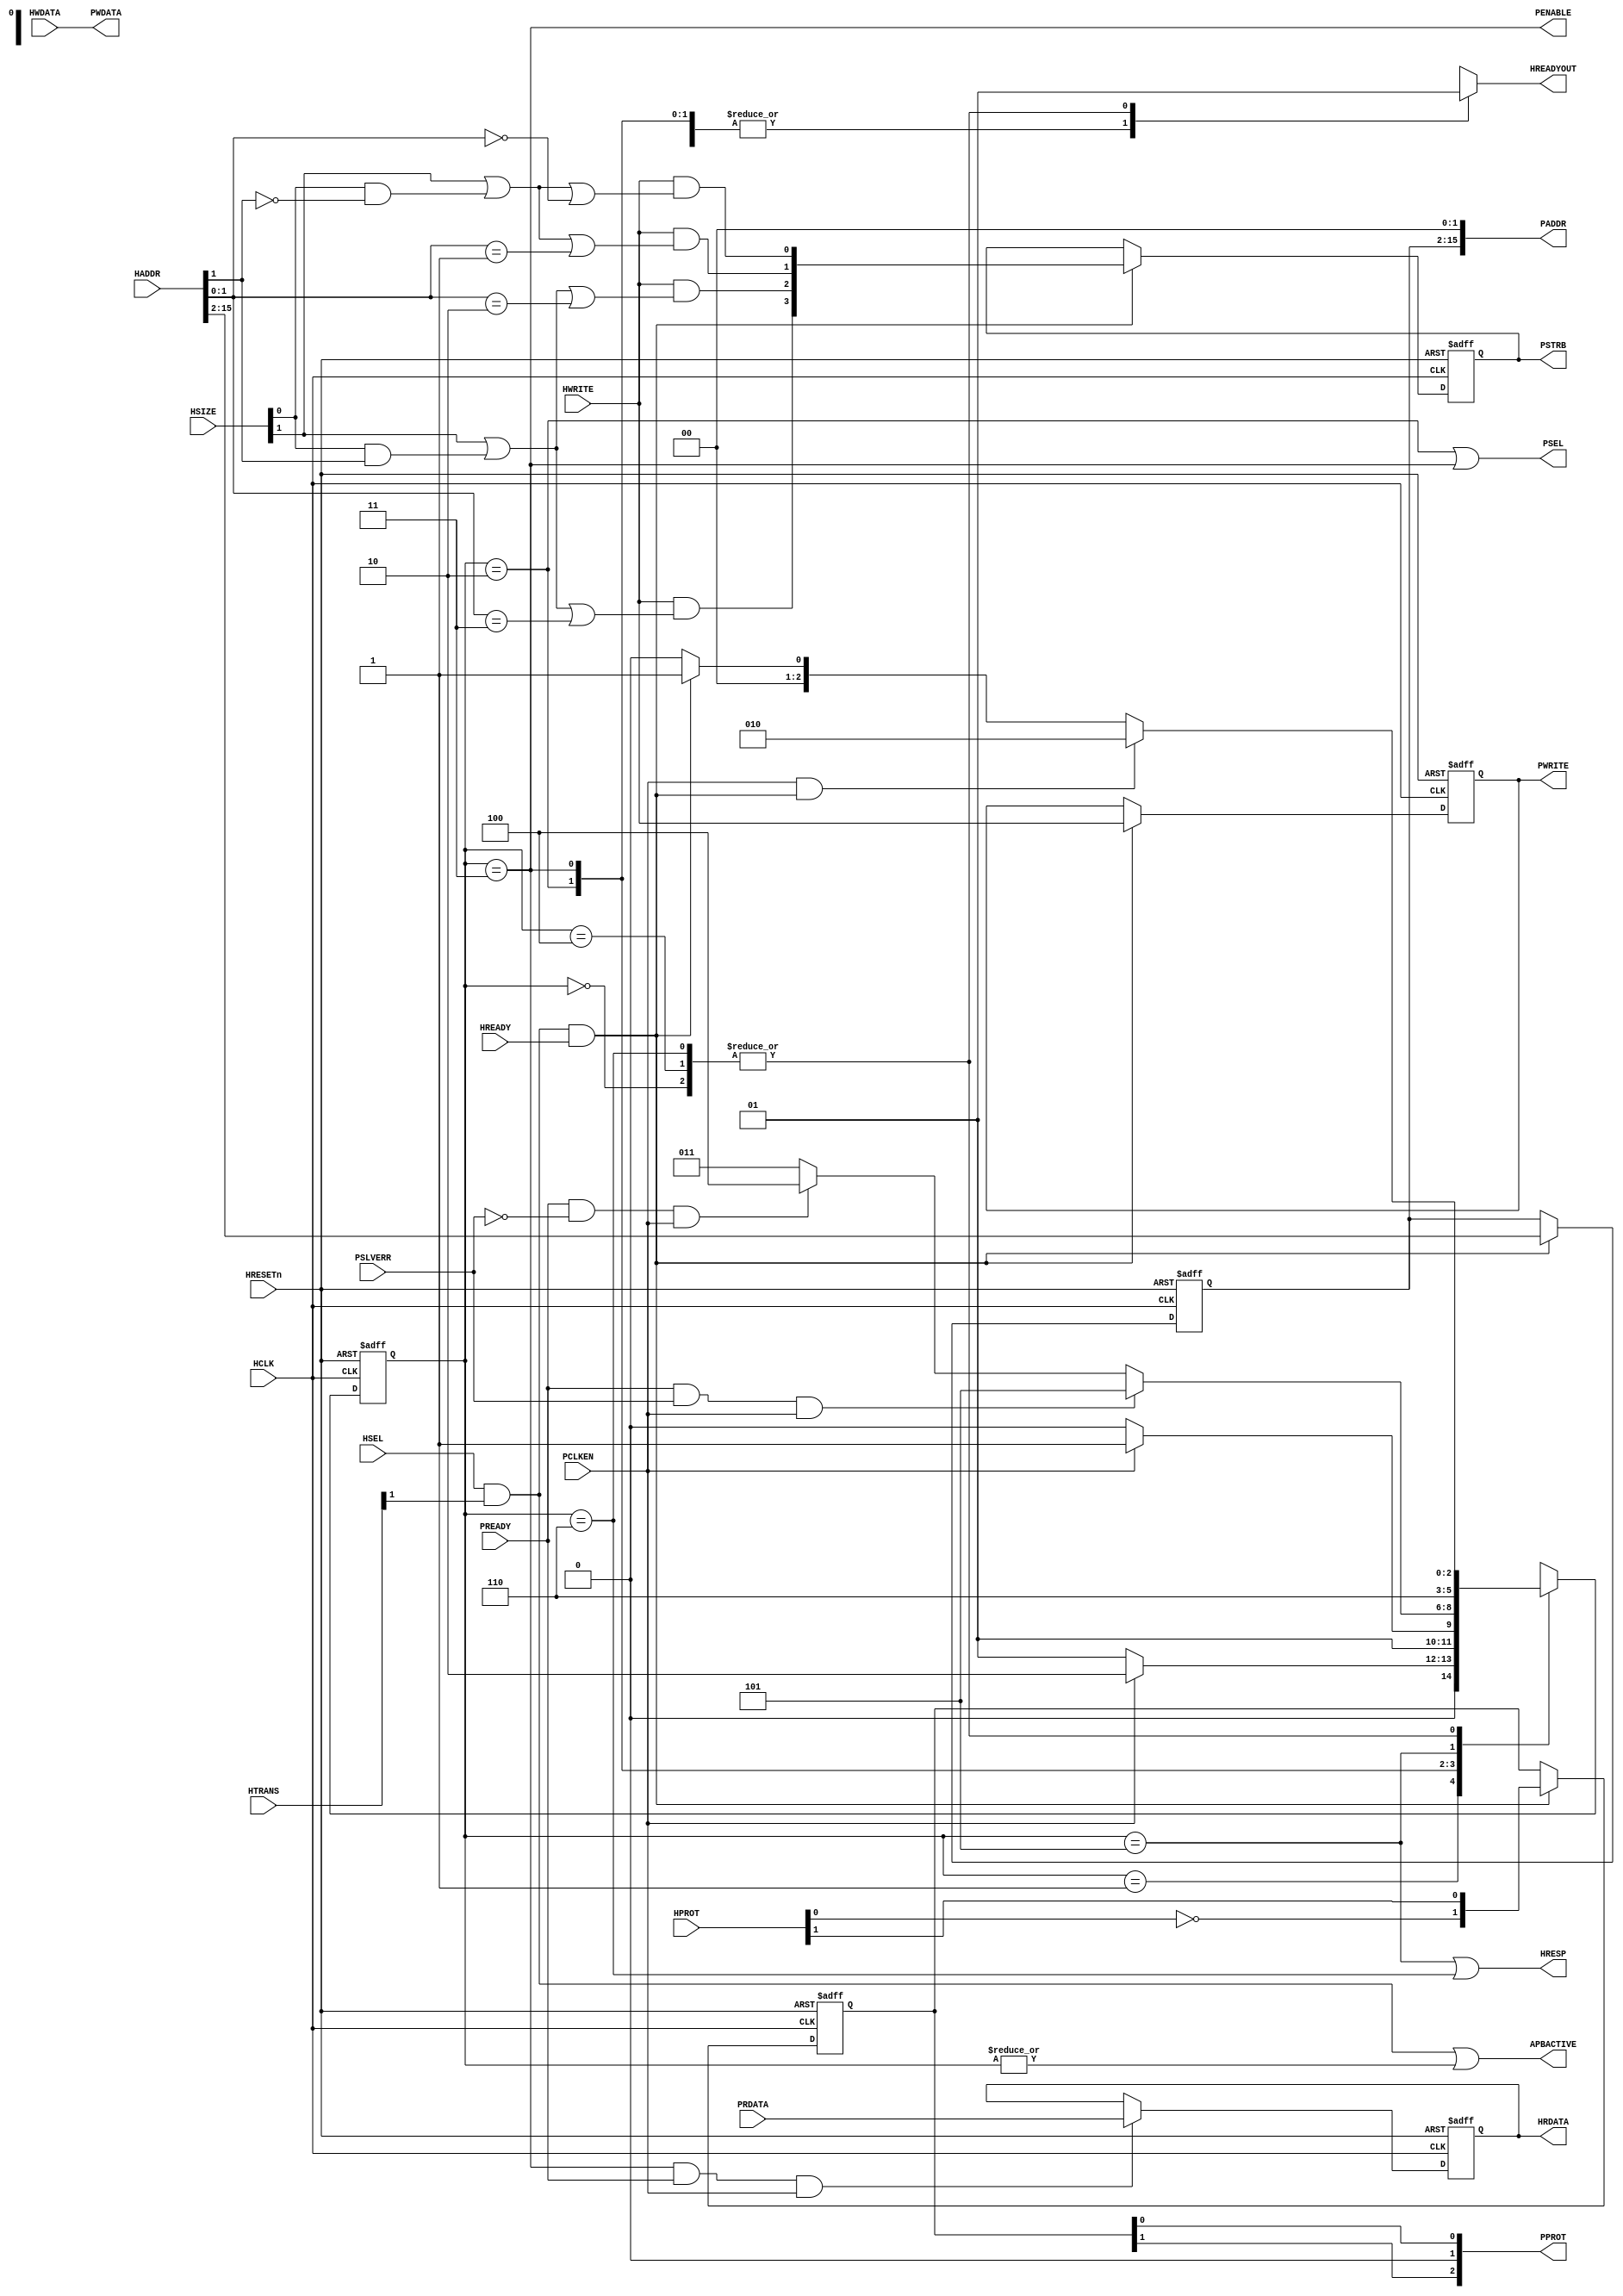
module cmsdk_ahb_to_apb #(
	// Parameter to define address width
	// 16 = 2^16 = 64KB APB address space
	parameter   ADDRWIDTH = 16,
	parameter   REGISTER_RDATA = 1,
	parameter	REGISTER_WDATA = 0)
	(
	// --------------------------------------------------------------------------
	// Port Definitions
	// --------------------------------------------------------------------------
	input 	wire                 	HCLK,      	// Clock
	input 	wire                 	HRESETn,   	// Reset
	input 	wire                 	PCLKEN,    	// APB clock enable signal
			
	input 	wire                 	HSEL,      	// Device select
	input	wire [ADDRWIDTH-1:0]	HADDR,     	// Address
	input 	wire [1:0] 				HTRANS,    	// Transfer control
	input 	wire [2:0] 				HSIZE,     	// Transfer size
	input 	wire [3:0] 				HPROT,     	// Protection control
	input 	wire                 	HWRITE,    	// Write control
	input 	wire                 	HREADY,    	// Transfer phase done
	input 	wire [31:0] 			HWDATA,    	// Write data
			
	output	reg                  	HREADYOUT, 	// Device ready
	output	wire [31:0] 			HRDATA,    	// Read data output
	output	wire                 	HRESP,     	// Device response
												// APB Output
	output	wire [ADDRWIDTH-1:0] 	PADDR,     	// APB Address
	output	wire                 	PENABLE,   	// APB Enable
	output	wire                 	PWRITE,    	// APB Write
	output	wire [3:0] 				PSTRB,     	// APB Byte Strobe
	output	wire [2:0] 				PPROT,     	// APB Prot
	output	wire [31:0] 			PWDATA,    	// APB write data
	output	wire                 	PSEL,      	// APB Select
			
	output	wire                 	APBACTIVE, 	// APB bus is active, for clock gating
												// of APB bus
		
												// APB Input
	input 	wire [31:0] 			PRDATA,    	// Read data for each APB slave
	input 	wire                 	PREADY,    	// Ready for each APB slave
	input 	wire                 	PSLVERR);  	// Error state for each APB slave

	// --------------------------------------------------------------------------
	// Internal wires
	// --------------------------------------------------------------------------

	reg  [ADDRWIDTH-3:0]   	addr_reg;    		// Address sample register
	reg                    	wr_reg;      		// Write control sample register
	reg  [2:0]  			state_reg;   		// State for finite state machine
					
	reg  [3:0]  			pstrb_reg;   		// Byte lane strobe register
	wire [3:0]  			pstrb_nxt;   		// Byte lane strobe next state
	reg  [1:0]  			pprot_reg;   		// PPROT register
	wire [1:0]  			pprot_nxt;   		// PPROT register next state
					
	wire        			apb_select;  		// APB bridge is selected
	wire        			apb_tran_end;		// Transfer is completed on APB
	reg  [2:0]  			next_state;  		// Next state for finite state machine
	reg  [31:0]   			rwdata_reg;  		// Read/Write data sample register
	
	wire 					reg_rdata_cfg; 		// REGISTER_RDATA paramater
	wire 					reg_wdata_cfg; 		// REGISTER_WDATA paramater

	reg 					sample_wdata_reg; 	// Control signal to sample HWDATA

// -------------------------------------------------------------------------
// State machine
// -------------------------------------------------------------------------

	localparam 				 ST_BITS = 3;

	localparam [ST_BITS-1:0] ST_IDLE      = 3'b000; // Idle waiting for transaction
	localparam [ST_BITS-1:0] ST_APB_WAIT  = 3'b001; // Wait APB transfer
	localparam [ST_BITS-1:0] ST_APB_TRNF  = 3'b010; // Start APB transfer
	localparam [ST_BITS-1:0] ST_APB_TRNF2 = 3'b011; // Second APB transfer cycle
	localparam [ST_BITS-1:0] ST_APB_ENDOK = 3'b100; // Ending cycle for OKAY
	localparam [ST_BITS-1:0] ST_APB_ERR1  = 3'b101; // First cycle for Error response
	localparam [ST_BITS-1:0] ST_APB_ERR2  = 3'b110; // Second cycle for Error response
	localparam [ST_BITS-1:0] ST_ILLEGAL   = 3'b111; // Illegal state

// --------------------------------------------------------------------------
// Start of main code
// --------------------------------------------------------------------------
	// Configuration signal
	assign reg_rdata_cfg = (REGISTER_RDATA==0) ? 1'b0 : 1'b1;
	assign reg_wdata_cfg = (REGISTER_WDATA==0) ? 1'b0 : 1'b1;
	
	// Generate APB bridge select
	assign apb_select = HSEL & HTRANS[1] & HREADY;
	// Generate APB transfer ended
	assign apb_tran_end = (state_reg==3'b011) & PREADY;
	
	assign pprot_nxt[0] =  HPROT[1];  // (0) Normal, (1) Privileged
	assign pprot_nxt[1] = ~HPROT[0];  // (0) Data, (1) Instruction
	
	// Byte strobe generation
	// - Only enable for write operations
	// - For word write transfers (HSIZE[1]=1), all byte strobes are 1
	// - For hword write transfers (HSIZE[0]=1), check HADDR[1]
	// - For byte write transfers, check HADDR[1:0]
	assign pstrb_nxt[0] = HWRITE & ((HSIZE[1])|((HSIZE[0])&(~HADDR[1]))|(HADDR[1:0]==2'b00));
	assign pstrb_nxt[1] = HWRITE & ((HSIZE[1])|((HSIZE[0])&(~HADDR[1]))|(HADDR[1:0]==2'b01));
	assign pstrb_nxt[2] = HWRITE & ((HSIZE[1])|((HSIZE[0])&( HADDR[1]))|(HADDR[1:0]==2'b10));
	assign pstrb_nxt[3] = HWRITE & ((HSIZE[1])|((HSIZE[0])&( HADDR[1]))|(HADDR[1:0]==2'b11));

	// Sample control signals
	always @(posedge HCLK or negedge HRESETn) 
	begin
		if (~HRESETn) begin
			addr_reg  <= {(ADDRWIDTH-2){1'b0}};
			wr_reg    <= 1'b0;
			pprot_reg <= {2{1'b0}};
			pstrb_reg <= {4{1'b0}};
		end
		else if (apb_select) begin// Capture transfer information at the end of AHB address phase		
			addr_reg  <= HADDR[ADDRWIDTH-1:2];
			wr_reg    <= HWRITE;
			pprot_reg <= pprot_nxt;
			pstrb_reg <= pstrb_nxt;
		end
	end

	// Sample write data control signal
	// Assert after write address phase, deassert after PCLKEN= 1
	wire sample_wdata_set = apb_select & HWRITE & reg_wdata_cfg;
	wire sample_wdata_clr = sample_wdata_reg & PCLKEN;

	always @(posedge HCLK or negedge HRESETn) 
	begin
		if (~HRESETn)
			sample_wdata_reg <= 1'b0;
		else if (sample_wdata_set | sample_wdata_clr)
			sample_wdata_reg <= sample_wdata_set;
	end

	// Generate next state for FSM
	// Note : case 3'b111 is not used.  The design has been checked that
	//        this illegal state cannot be entered using formal verification.
	always @(state_reg or PREADY or PSLVERR or apb_select or reg_rdata_cfg or
		PCLKEN or reg_wdata_cfg or HWRITE) 
	begin
		case (state_reg)
			// Idle
			ST_IDLE : begin
				if (PCLKEN & apb_select & ~(reg_wdata_cfg & HWRITE))
					next_state = ST_APB_TRNF; 		// Start APB transfer in next cycle
				else if (apb_select)
					next_state = ST_APB_WAIT;		// Wait for start of APB transfer at PCLKEN high
				else
					next_state = ST_IDLE; 			// Remain idle
			end
			// Transfer announced on AHB, but PCLKEN was low, so waiting
			ST_APB_WAIT : begin
				if (PCLKEN)
					next_state = ST_APB_TRNF; 		// Start APB transfer in next cycle
				else
					next_state = ST_APB_WAIT; 		// Wait for start of APB transfer at PCLKEN high
			end
			// First APB transfer cycle
			ST_APB_TRNF : begin
				if (PCLKEN)
					next_state = ST_APB_TRNF2;  	// Change to second cycle of APB transfer
				else
					next_state = ST_APB_TRNF;   	// Change to state-2
			end
			// Second APB transfer cycle
			ST_APB_TRNF2 : begin		
				if (PREADY & PSLVERR & PCLKEN) 				// Error received - Generate two cycle
															// Error response on AHB by
					next_state = ST_APB_ERR1; 				// Changing to state-5 and 6
				else if (PREADY & (~PSLVERR) & PCLKEN) begin // Okay received
					if (reg_rdata_cfg)
						// Registered version
						next_state = ST_APB_ENDOK; 			// Generate okay response in state 4
					else
						// Non-registered version
						next_state = {2'b00, apb_select}; 	// Terminate transfer
				end
				else 	
					// Slave not ready
					next_state = ST_APB_TRNF2; 				// Unchange
			end
			// Ending cycle for OKAY (registered response)
			ST_APB_ENDOK : begin
				if (PCLKEN & apb_select & ~(reg_wdata_cfg & HWRITE))
					next_state = ST_APB_TRNF; 	// Start APB transfer in next cycle
				else if (apb_select)
					next_state = ST_APB_WAIT; 	// Wait for start of APB transfer at PCLKEN high
				else
					next_state = ST_IDLE; 		// Remain idle
			end
			// First cycle for Error response
			ST_APB_ERR1 : 
				next_state = ST_APB_ERR2; 		// Goto 2nd cycle of error response
			// Second cycle for Error response
			ST_APB_ERR2 : begin
				if (PCLKEN & apb_select & ~(reg_wdata_cfg & HWRITE))
					next_state = ST_APB_TRNF; 	// Start APB transfer in next cycle
				else if (apb_select)
					next_state = ST_APB_WAIT; 	// Wait for start of APB transfer at PCLKEN high
				else
					next_state = ST_IDLE; 		// Remain idle
			end
			default : // Not used
				next_state = 3'bxxx; // X-Propagation
		endcase
	end

	// Registering state machine
	always @(posedge HCLK or negedge HRESETn)
	begin
		if (~HRESETn)
			state_reg <= 3'b000;
		else
			state_reg <= next_state;
	end

	// Sample PRDATA or HWDATA
	always @(posedge HCLK or negedge HRESETn)
	begin
		if (~HRESETn)
			rwdata_reg <= {32{1'b0}};
		else
			if (sample_wdata_reg & reg_wdata_cfg & PCLKEN)
				rwdata_reg <= HWDATA;
			else if (apb_tran_end & reg_rdata_cfg & PCLKEN)
				rwdata_reg <= PRDATA;
	end

	// Connect outputs to top level
	assign PADDR   = {addr_reg, 2'b00}; // from sample register
	assign PWRITE  = wr_reg;            // from sample register
	// From sample register or from HWDATA directly
	assign PWDATA  = (reg_wdata_cfg) ? rwdata_reg : HWDATA;
	assign PSEL    = (state_reg==ST_APB_TRNF) | (state_reg==ST_APB_TRNF2);
	assign PENABLE = (state_reg==ST_APB_TRNF2);
	assign PPROT   = {pprot_reg[1], 1'b0, pprot_reg[0]};
	assign PSTRB   = pstrb_reg[3:0];

	// Generate HREADYOUT
	always @(state_reg or reg_rdata_cfg or PREADY or PSLVERR or PCLKEN)
	begin
		case (state_reg)
			ST_IDLE      : HREADYOUT = 1'b1; // Idle
			ST_APB_WAIT  : HREADYOUT = 1'b0; // Transfer announced on AHB, but PCLKEN was low, so waiting
			ST_APB_TRNF  : HREADYOUT = 1'b0; // First APB transfer cycle
			// Second APB transfer cycle:
			// if Non-registered feedback version, and APB transfer completed without error
			// Then response with ready immediately. If registered feedback version,
			// wait until state_reg==ST_APB_ENDOK
			ST_APB_TRNF2 : HREADYOUT = (~reg_rdata_cfg) & PREADY & (~PSLVERR) & PCLKEN;
			ST_APB_ENDOK : HREADYOUT = reg_rdata_cfg; // Ending cycle for OKAY (registered response only)
			ST_APB_ERR1  : HREADYOUT = 1'b0; // First cycle for Error response
			ST_APB_ERR2  : HREADYOUT = 1'b1; // Second cycle for Error response
			default: HREADYOUT = 1'bx; // x propagation (note :3'b111 is illegal state)
		endcase
	end

	// From sample register or from PRDATA directly
	assign HRDATA = (reg_rdata_cfg) ? rwdata_reg : PRDATA;
	assign HRESP  = (state_reg==ST_APB_ERR1) | (state_reg==ST_APB_ERR2);

	assign APBACTIVE = (HSEL & HTRANS[1]) | (|state_reg);

`ifdef ARM_APB_ASSERT_ON
// ------------------------------------------------------------
// Assertions
// ------------------------------------------------------------
`include "std_ovl_defines.h"
// Capture last read APB data
	reg [31:0] ovl_last_read_apb_data_reg;

	always@(posedge HCLK or negedge HRESETn) begin
		if(~HRESETn)
			ovl_last_read_apb_data_reg <= {32{1'b0}};
		else if(PREADY & PENABLE & (~PWRITE) & PSEL & PCLKEN)
			ovl_last_read_apb_data_reg <= PRDATA;
	end
	
	//Capture last APB response, clear at start of APB transfer
	reg ovl_last_read_apb_resp_reg;
	always@(posedge HCLK or negedge HRESETn) begin
		if(~HRESETn)
			ovl_last_read_apb_resp_reg <= 1'b0;
		else begin
			if(PCLKEN) begin
				if(PREADY & PSEL)
					ovl_last_read_apb_resp_reg <= PSLVERR & PENABL;
				else
					ovl_last_read_apb_resp_reg <= 1'b0;
			end
		end
	end
	
	// Create signal to indicate data phase
	reg		ovl_ahb_data_phase_reg;
	wire	ovl_ahb_data_phase_nxt = HSEL & HTRANS[1];
	
	always@(posedge HCLK or negedge HRESETn) begin
		if(~HRESETn)
			ovl_ahb_data_phase_reg <= 1'b0;
		else if(HREADY)
			ovl_ahb_data_phase_reg <= ovl_ahb_data_phase_nxt;
	end
	
	generate 
		if(REGISTER_RDATA! = 0) begin:gen_ovl_read_data_mistmatch
		//Last read APB data should be the same as HRDATA, unless there is an
		//(Only check if using registered read data config, Otherwise HRDATA)
		//to PRDATA so no need to have OVL check
		assert_implication #(
			`OVL_ERROR,
			`OVL_ASSERT,
			"Read data mismatch")
		u_ovl_read_data_mistmatch(
			.clk(HCLK),
			.reset_n(HRESETn),
			.antecedent_expr(ovl_ahb_data_phase_reg&(~wr_reg)&HREADYOUT&(~HRESP)),
			.consequent_expr(ovl_last_read_apb_data_reg == HRDATA)
			);
		end	
	endgenerate
			
	//AHB response should match APB response
	assert_implication #(
		`OVL_ERROR, 
		`OVL_ASSERT,
		"Response mismatch")
	u_ovl_resp_mistmatch(
		.clk(HCLK),
		.reset_n(HRESETn),
		.antecedent_expr(ovl_ahb_data_phase_reg & HREADYOUT),
		.consequent_expr(ovl_last_read_apb_resp_reg == HRESP)
	);
	
	// APBACTIVE should be high before and during APB transfers
	assert_implication #(
		`OVL_ERROR, 
		`OVL_ASSERT,
		"APBACTIVE should be active when PSEL is high")
	u_ovl_apbactive_1(
		.clk(HCLK),
		.reset_n(HRESETn),
		.antecedent_expr(PSEL),
		.consequent_expr(APBACTIVE)
	);

	assert_implication #(
		`OVL_ERROR, 
		`OVL_ASSERT,
		"APBACTIVE should be active when there is an active transfer (data phase)")
	u_ovl_apbactive_2(
		.clk(HCLK),
		.reset_n(HRESETn),
		.antecedent_expr(~HREADYOUT),
		.consequent_expr(APBACTIVE)
	);
	
	assert_implication #(
		`OVL_ERROR, 
		`OVL_ASSERT,
		"APBACTIVE should be active when there is an active transfer (data phase)")
	u_ovl_apbactive_3(
		.clk(HCLK),
		.reset_n(HRESETn),
		.antecedent_expr(HSEL & HTRANS[1]),
		.consequent_expr(APBACTIVE)
	);
	
	//Create register to check a transfer on AHB side result in a transfer in APB side
	reg			ovl_transfer_started_reg;
	//Set by transfer starting, clear by PSEL
	wire		ovl_transfer_started_nxt = (HREADY & ovl_ahb_data_phase_nxt) | 
											(ovl_transfer_started_reg &(~PSEL))
	always@(posedge HCLK or negedge HRESETn) begin
		if(~HRESETn)
			ovl_transfer_started_reg <= 1'b0;
		else
			ovl_transfer_started_reg <= ovl_transfer_started_nxt;
	end
	
	//Check a valid transfer must result in an APB transfer
	assert_never #(	`OVL_ERROR, 
					`OVL_ASSERT, 
					"APB_transfer missing.")
	u_ovl_apb_transfer_missing(
		.clk(HCLK),
		.reset_n(HRESETn),
		.test_expr(HREADY & ovl_ahb_data_phase_nxt & ovl_transfer_started_reg)
	);
	
	//Ensure state_reg must not be 3'b111;
	assert_never #(	`OVL_ERROR, 
					`OVL_ASSERT, 
					"state_reg in illegal state")
	u_ovl_apb_transfer_missing(
		.clk(HCLK),
		.reset_n(HRESETn),
		.test_expr(state_reg == ST_ILLEGAL)
	);
`endif
endmodule